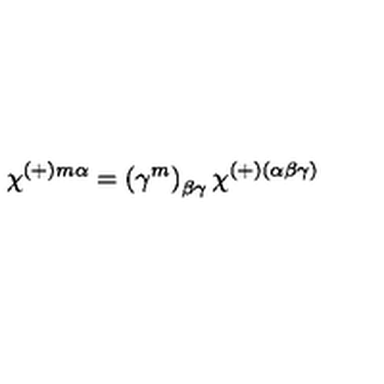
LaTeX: \chi ^ { ( + ) m \alpha } = \left( \gamma ^ { m } \right) _ { \beta \gamma } \chi ^ { ( + ) ( \alpha \beta \gamma ) }